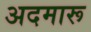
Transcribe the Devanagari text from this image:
अदमारू